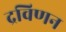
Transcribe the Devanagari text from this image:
द्रविणन